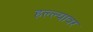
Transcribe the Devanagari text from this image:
हल्ल्यावर